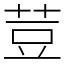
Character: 荳